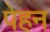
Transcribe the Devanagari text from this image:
पेहन